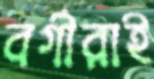
বর্গীরাই